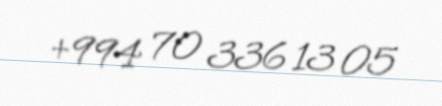
+994 70 336 13 05